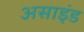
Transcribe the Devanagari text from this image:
असाइंड